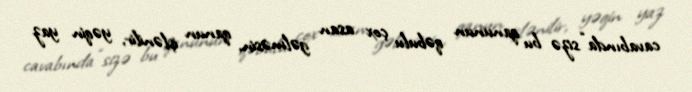
cavabında “sizə bu qanunun qəbulu çox asan gəlməsin, qanun işlənilir, yəqin yaz